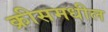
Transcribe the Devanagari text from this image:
क्रीसमधील